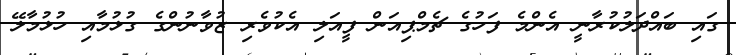
ގައި ބައްދަލުކުރާނީ އެންމެ ފަހުގެ ޗެމްޕިއަން ފީއަލި އެކުވެރި ޒުވާނުންގެ ގުޅުމާއި ހުޅުމާލޭ